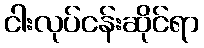
ငါးလုပ်ငန်းဆိုင်ရာ